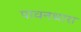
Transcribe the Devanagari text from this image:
पावनधारा